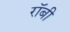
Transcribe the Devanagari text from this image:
राॅबी